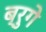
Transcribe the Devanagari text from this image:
ब्रुगे